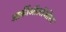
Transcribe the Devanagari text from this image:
आर्कीऑलॉजीस्ट